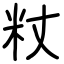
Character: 粀